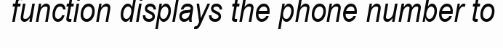
function displays the phone number to